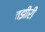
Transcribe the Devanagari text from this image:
वझीरी